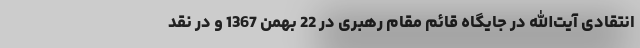
انتقادی آیت‌الله در جایگاه قائم مقام رهبری در 22 بهمن 1367 و در نقد